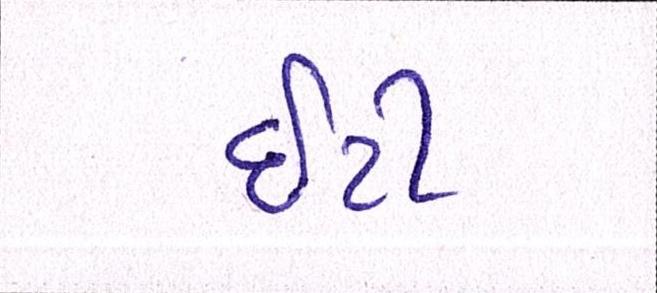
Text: ઇટી